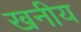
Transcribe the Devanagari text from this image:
खनीय